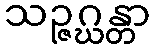
သဉ္ဇဂ္ဃန္တာ